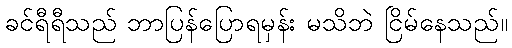
ခင်ရီရီသည် ဘာပြန်ပြောရမှန်း မသိဘဲ ငြိမ်နေသည်။